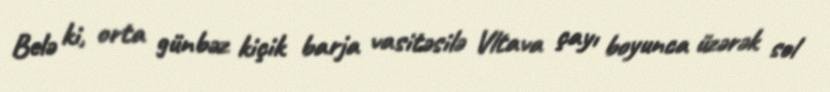
Belə ki, orta günbəz kiçik barja vasitəsilə Vltava çayı boyunca üzərək sol